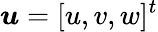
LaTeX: \boldsymbol{u}=[u,v,w]^{t}